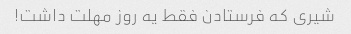
شیری که فرستادن فقط یه روز مهلت داشت!